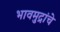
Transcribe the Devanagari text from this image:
भावमुद्रांचे